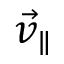
{ \vec { v } } _ { \parallel }